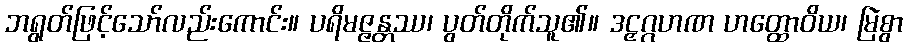
ဘရွတ်ဖြင့်သော်လည်းကောင်း။ ပရိမဇ္ဇန္တဿ၊ ပွတ်တိုက်သူ၏။ ဒဠှဂ္ဂဟဏ ဟတ္ထောဝိယ၊ မြဲစွာ